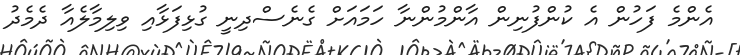
އެންމެ ފަހުން އެ ކުންފުނިން އާންމުންނާ ހަމައަށް ގެނެސްދިނީ ގުޅިފަޅާއި ވިލިމާލެއާ ދެމެދު